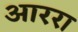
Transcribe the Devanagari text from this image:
आररा